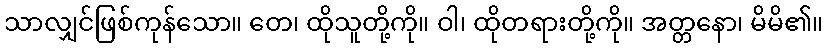
သာလျှင်ဖြစ်ကုန်သော။ တေ၊ ထိုသူတို့ကို။ ဝါ၊ ထိုတရားတို့ကို။ အတ္တနော၊ မိမိ၏။